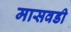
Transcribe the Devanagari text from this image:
मासवडी